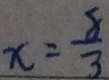
x = \frac { 8 } { 3 }